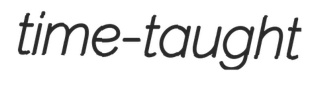
time-taught